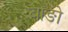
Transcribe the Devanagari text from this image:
बोङो